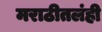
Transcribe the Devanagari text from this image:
मराठीतलंही